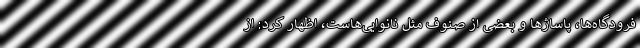
فرودگاه‌ها، پاساژها و بعضی از صنوف مثل نانوایی‌هاست، اظهار کرد: از